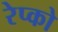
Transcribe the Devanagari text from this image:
रेप्को